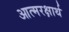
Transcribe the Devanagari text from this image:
आत्मरक्षार्थ